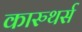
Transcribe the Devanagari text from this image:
कारुथर्स